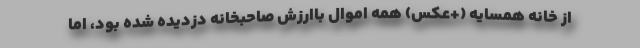
از خانه همسایه (+عکس) همه اموال باارزش صاحبخانه دزدیده شده بود، اما